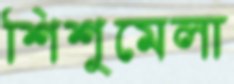
শিশুমেলা